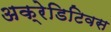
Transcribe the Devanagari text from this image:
अक्रेडिटिवस